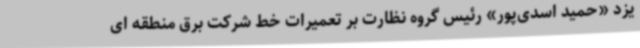
یزد «حمید اسدی‌پور» رئیس گروه نظارت بر تعمیرات خط شرکت برق منطقه ای